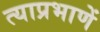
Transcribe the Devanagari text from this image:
त्याप्रभाणें